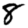
Digit: 8